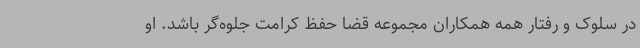
در سلوک و رفتار همه همکاران مجموعه قضا حفظ کرامت جلوه‌گر باشد. او